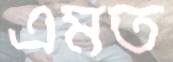
এমত